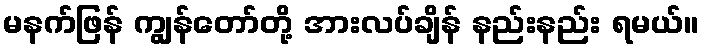
မနက်ဖြန် ကျွန်တော်တို့ အားလပ်ချိန် နည်းနည်း ရမယ်။